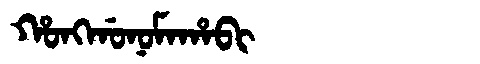
Manchu: ᡥᠣᠩᡤᠣᠨᠣᠮᠠᡥᠠᠪᡳ
Romanization: HONGGONOMAHABI